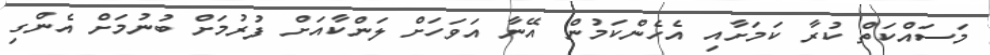
މަސައްކަތް ކުރާ ކަމަށާއި އެހެންކަމުން އޭނާ އަވަހަށް ލަންކާއަށް ފުރުމަށް ބުނުމަށް އެންގި